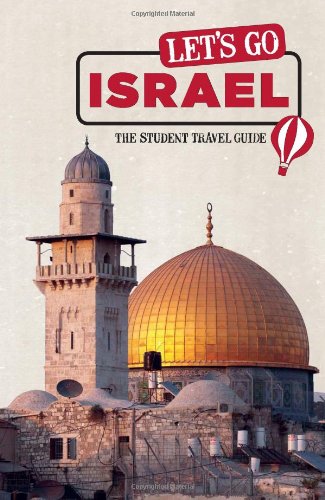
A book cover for Let's Go Israel: The Student Travel Guide (Let's Go: Israel & the Palestinian Territories); Inc. Harvard Student Agencies; Travel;